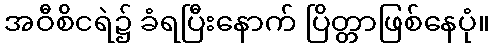
အဝီစိငရဲ၌ ခံရပြီးနောက် ပြိတ္တာဖြစ်နေပုံ။